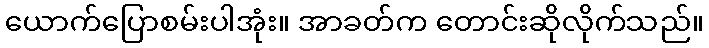
ယောက်ပြောစမ်းပါအုံး။ အာခတ်က တောင်းဆိုလိုက်သည်။